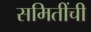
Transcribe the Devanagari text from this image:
समितींची